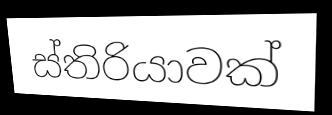
ස්තිරියාවක්